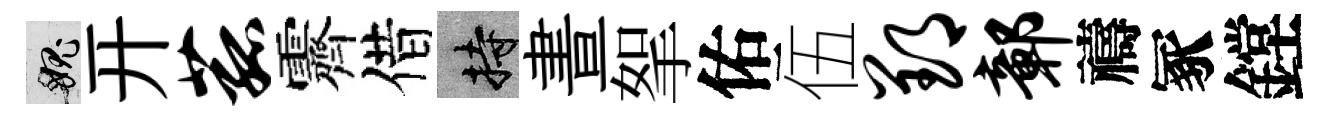
愧开菰霽借持晝挐佑伍郢鄣禱冢鏜